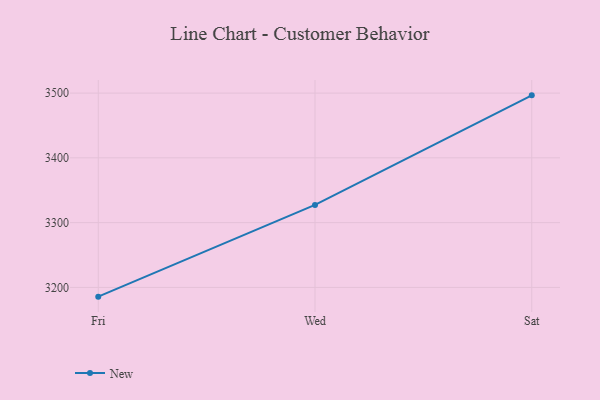
{"axis": {"x": "Day", "y": "Population (Million)"}, "legend": ["New"], "data": [{"x": "Fri", "y": 3185.7, "type": "New"}, {"x": "Wed", "y": 3327.3, "type": "New"}, {"x": "Sat", "y": 3496.5, "type": "New"}]}